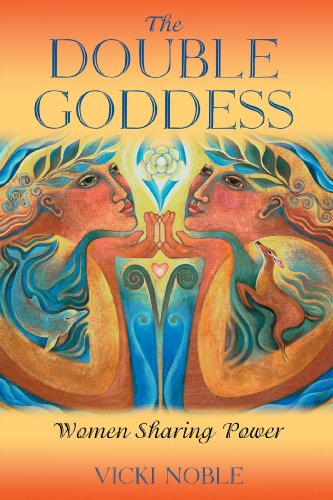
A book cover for The Double Goddess: Women Sharing Power; Vicki Noble; Religion & Spirituality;